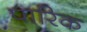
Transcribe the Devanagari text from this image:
पारिक